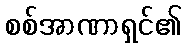
စစ်အာဏာရှင်၏